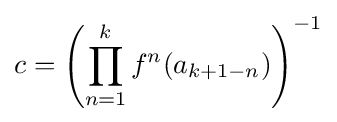
c=\left(\prod _{n=1}^{k}f^{n}(a_{k+1-n})\right)^{-1}